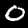
Digit: 0